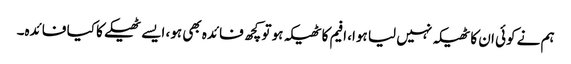
ہم نے کوئی ان کا ٹھیکہ نہیں لیا ہوا، افیم کا ٹھیکہ ہو تو کچھ فائدہ بھی ہو، ایسے ٹھیکے کا کیا فائدہ۔